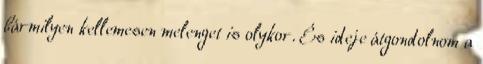
bármilyen kellemesen melenget is olykor. És ideje átgondolnom a